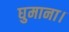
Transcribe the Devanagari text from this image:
घुमाना।